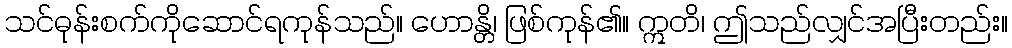
သင်ဓုန်းစက်ကိုဆောင်ရကုန်သည်။ ဟောန္တိ၊ ဖြစ်ကုန်၏။ ဣတိ၊ ဤသည်လျှင်အပြီးတည်း။